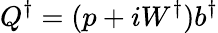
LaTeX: Q^{\dagger}=(p+iW^{\dagger})b^{\dagger}